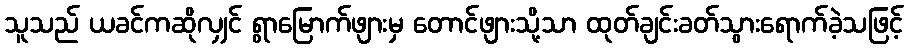
သူသည် ယခင်ကဆိုလျှင် ရွာမြောက်ဖျားမှ တောင်ဖျားသို့သာ ထုတ်ချင်းခတ်သွားရောက်ခဲ့သဖြင့်